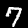
Digit: 7